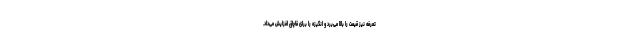
تعرفه نیز قیمت را بالا می‌برد و انگیزه را برای قاچاق افزایش می‌داد.